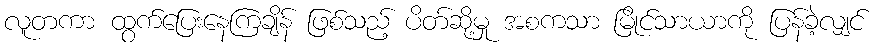
လူတကာ ထွက်ပြေးနေကြချိန် ဖြစ်သည့် ပိတ်ဆို့မှု အစကသာ မြိုင်သာယာကို ပြန်ခဲ့လျှင်